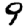
Digit: 9